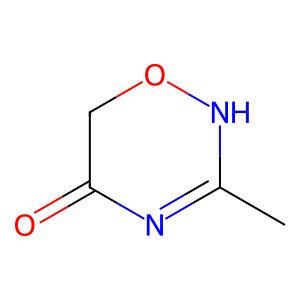
SMILES: CC1=NC(=O)CON1
Inhibits HIV replication: No